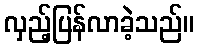
လှည့်ပြန်လာခဲ့သည်။